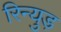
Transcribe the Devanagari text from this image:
रिन्युड़